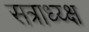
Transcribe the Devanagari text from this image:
सत्राध्य्क्ष